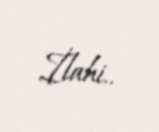
İlahi..